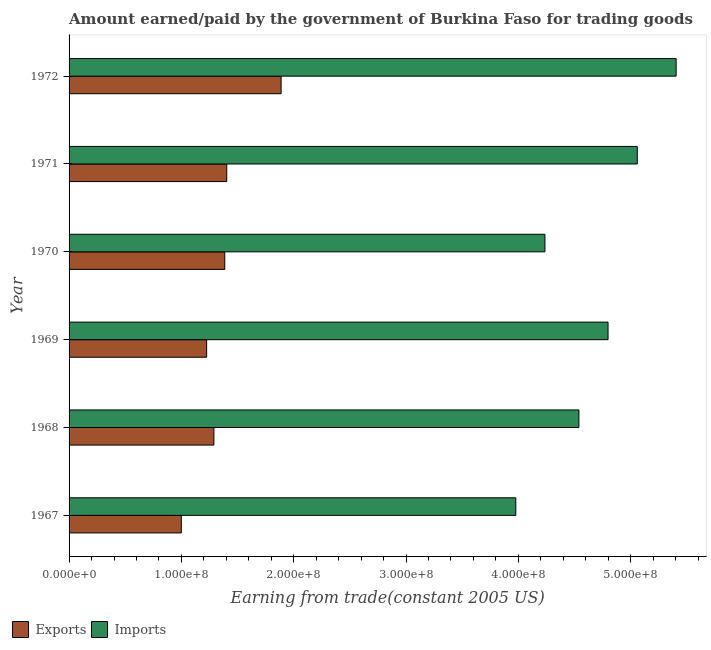
| Year | Exports | Imports |
 | --- | --- | --- |
 | 1967 | 9.99e+07 | 3.98e+08 |
 | 1968 | 1.29e+08 | 4.54e+08 |
 | 1969 | 1.22e+08 | 4.8e+08 |
 | 1970 | 1.39e+08 | 4.24e+08 |
 | 1971 | 1.4e+08 | 5.06e+08 |
 | 1972 | 1.89e+08 | 5.4e+08 |